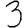
Digit: 3